[Report on the health of British troops in the Madras command]
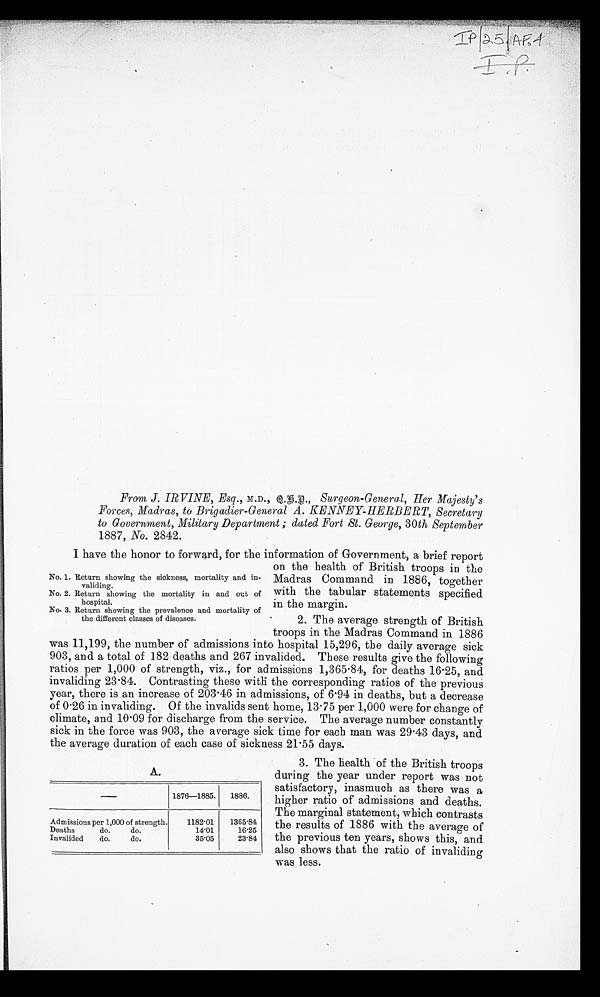
From J. IRVINE, Esq., M.D., Q.D.D., Surgeon-General, Her Majesty's
Forces, Madras, to Brigadier-General A. KENNEY-HERBERT, Secretary
to Government, Military Department ; dated Fort St. George, 30 th September
1887, No. 2842.
I have the honor to forward, for the information of Government, a brief report
on the health of British troops in the
Madras Command in 1886, together
with the tabular statements specified
in the margin.
2. The average strength of British
troops in the Madras Command in 1886
was 11,199, the number of admissions into hospital 15,296, the daily average sick
903, and a total of 182 deaths and 267 invalided. These results give the following
ratios per 1,000 of strength, viz., for admissions 1,365.84, for deaths 16.25, and
invaliding 23.84. Contrasting these with the corresponding ratios of the previous
year, there is an increase of 203.46 in admissions, of 6.94 in deaths, but a decrease
of 0.26 in invaliding. Of the invalids sent home, 13.75 per 1,000 were for change of
climate, and 10.09 for discharge from the service. The average number constantly
sick in the force was 903, the average sick time for each man was 29.43 days, and
the average duration of each case of sickness 21.55 days.
IP/25/AF.4
No. 1. Return showing the sickness, mortality and in
-validing.
No. 2. Return showing the mortality in and out of
hospital.
No. 3. Return showing the prevalence and mortality of
the different classes of diseases.
A.
—
1876—1885.
1886.
Admissions per 1,000 of strength.
1182.01
1365.84
Deaths
do.
do.
14.01
16.25
Invalided
do.
do.
35.05
23.84
3. The health of the British troops
during the year under report was not
satisfactory, inasmuch as there was a
higher ratio of admissions and deaths.
The marginal statement, which contrasts
the results of 1886 with the average of
the previous ten years, shows this, and
also shows that the ratio of invaliding
was less.